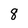
Character: 8